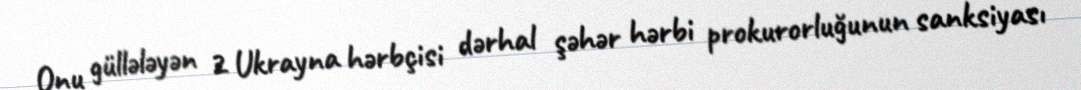
Onu güllələyən 2 Ukrayna hərbçisi dərhal şəhər hərbi prokurorluğunun sanksiyası